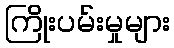
ကြိုးပမ်းမှုများ